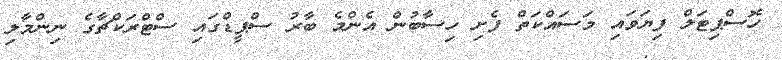
ހޮސްޕިޓަލް ފިޔަވައި މަސައްކަތް ފެށި ހިސާބުން އެންމެ ބާރު ސްޕީޑްގައި ސްޓްރަކްޗާގެ ނިންމާލި